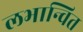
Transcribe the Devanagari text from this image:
लभान्वित